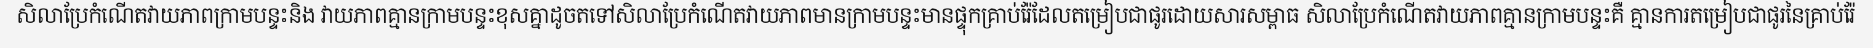
សិលាប្រែកំណើតវាយភាពក្រាមបន្ទះនិង វាយភាពគ្មានក្រាមបន្ទះខុសគ្នាដូចតទៅសិលាប្រែកំណើតវាយភាពមានក្រាមបន្ទះមានផ្ទុកគ្រាប់រ៉ែដែលតម្រៀបជាផូរដោយសារសម្ពាធ សិលាប្រែកំណើតវាយភាពគ្មានក្រាមបន្ទះគឺ គ្មានការតម្រៀបជាផូរនៃគ្រាប់រ៉ែ